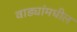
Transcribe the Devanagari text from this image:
वाड्यांमधील